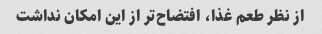
از نظر طعم غذا، افتضاح‌تر از این امکان نداشت